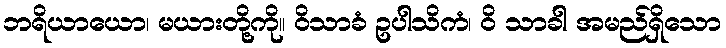
ဘရိယာယော၊ မယားတို့ကို။ ဝိသာခံ ဥပါသိကံ၊ ဝိ သာခါ အမည်ရှိသော